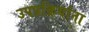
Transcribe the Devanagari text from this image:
उपप्रक्रियांना